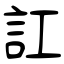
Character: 訌